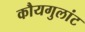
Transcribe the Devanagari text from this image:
कौयगुलांट